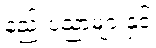
နည်းပညာများနှင့်